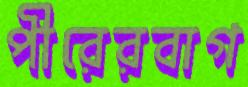
পীরেরবাগ